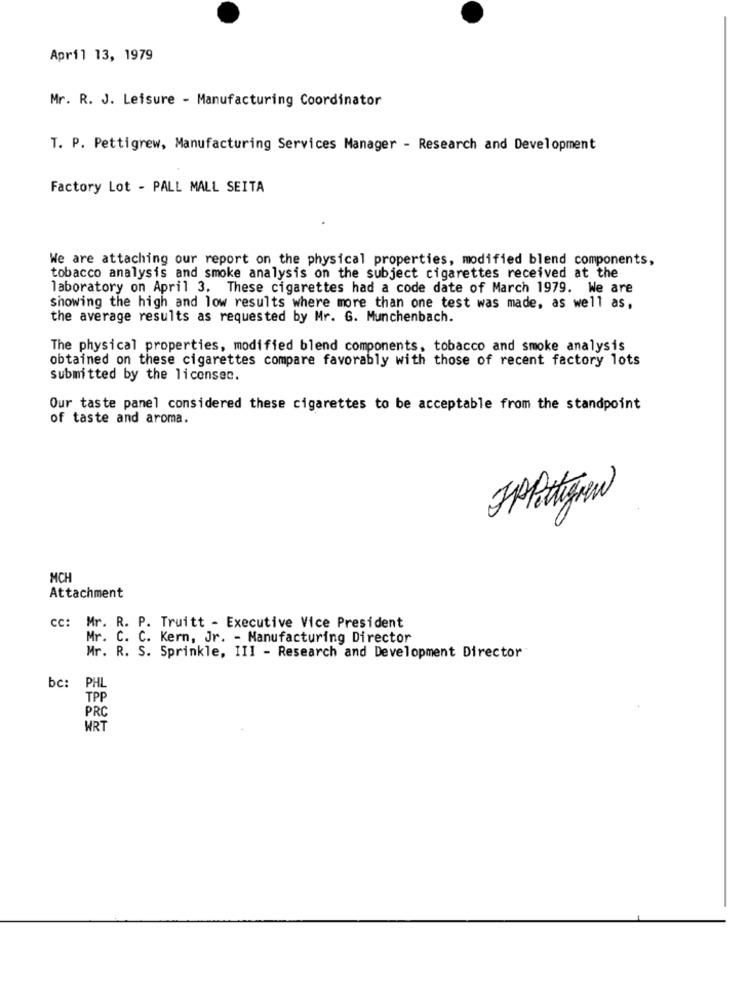
April 13, 1979
Mr. R. J. Leisure - Manufacturing Coordinator
T. P. Pettigrew, Manufacturing Services Manager - Research and Development
Factory Lot - PALL MALL SEITA
We are attaching our report on the physical properties, modified blend components,
tobacco analysis and smoke analysis on the subject cigarettes received at the
laboratory on April 3. These cigarettes had a code date of March 1979. We are
showing the high and low results where more than one test was made, as well as,
the average results as requested by Mr. G. Munchenbach.
The physical properties, modified blend components, tobacco and smoke analysis
obtained on these cigarettes compare favorably with those of recent factory lots
submitted by the licensec.
Our taste panel considered these cigarettes to be acceptable from the standpoint
of taste and aroma.
FPlattgrew
MCH
Attachment
cc: Mr. R. P. Truitt - Executive Vice President
Mr. C. C. Kern, Jr. - Manufacturing Director
Mr. R. S. Sprinkle, III - Research and Development Director
bc: PHL
TPP
PRC
WRT